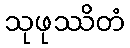
သုဖုဿိတံ